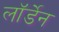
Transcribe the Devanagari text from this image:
लॉर्डेन